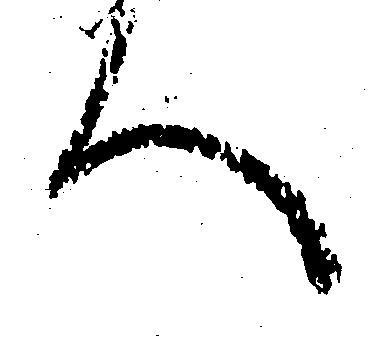
へ